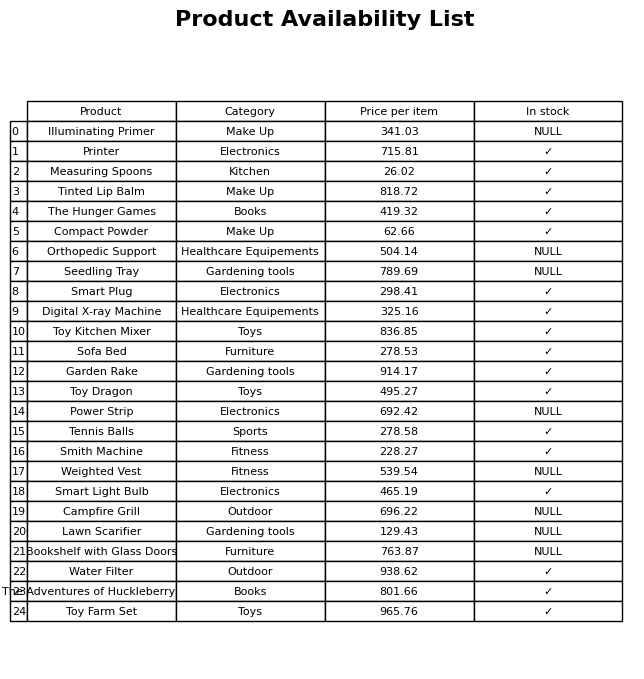
question: What is the stock status of the Digital X-ray Machine?
answer: ✓